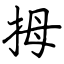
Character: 拇